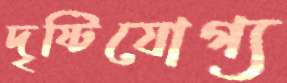
দৃষ্টিযোগ্য